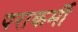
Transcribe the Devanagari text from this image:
पराकर्मी